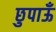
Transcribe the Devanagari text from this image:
छुपाऊँ